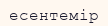
есентемір